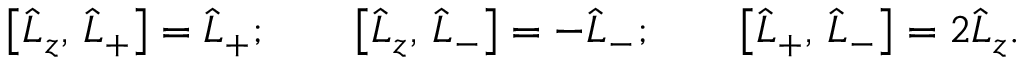
\left[ \hat { L } _ { z } , \, \hat { L } _ { + } \right] = \hat { L } _ { + } ; \qquad \left[ \hat { L } _ { z } , \, \hat { L } _ { - } \right] = - \hat { L } _ { - } ; \qquad \left[ \hat { L } _ { + } , \, \hat { L } _ { - } \right] = 2 \hat { L } _ { z } .